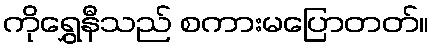
ကိုရွှေနီသည် စကားမပြောတတ်။